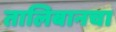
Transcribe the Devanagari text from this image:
तालिबानचा